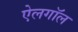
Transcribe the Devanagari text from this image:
ऐलगॉल